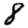
Digit: 8